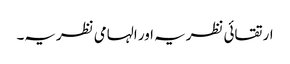
ارتقائی نظریہ اور الہامی نظریہ۔